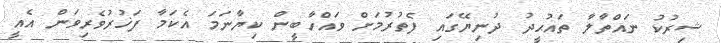
ޝިރުކު ނައްތާލާ ތައުޙީދު ދުނިޔޭގައި ފެތުރުމަށް ވައްހާބީން ކިޔާނަމަ އެކަމާ ފަޚުރުވެރިވަން އެއީ